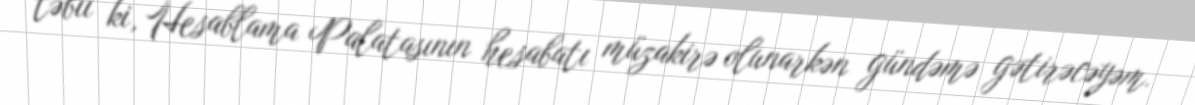
təbii ki, Hesablama Palatasının hesabatı müzakirə olunarkən gündəmə gətirəcəyəm.